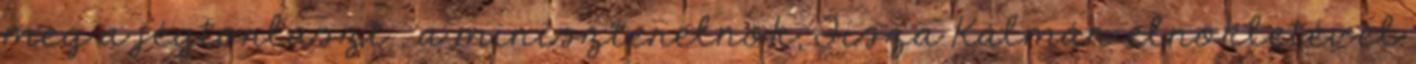
meg a jégtorlaszt , a miniszterelnök, Tisza Kálmán elnökletével